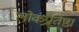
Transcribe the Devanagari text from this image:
लोकप्र्रतिष्ठा